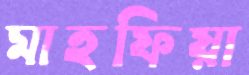
মাহফিয়া